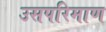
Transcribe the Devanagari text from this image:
उसपरिमाण